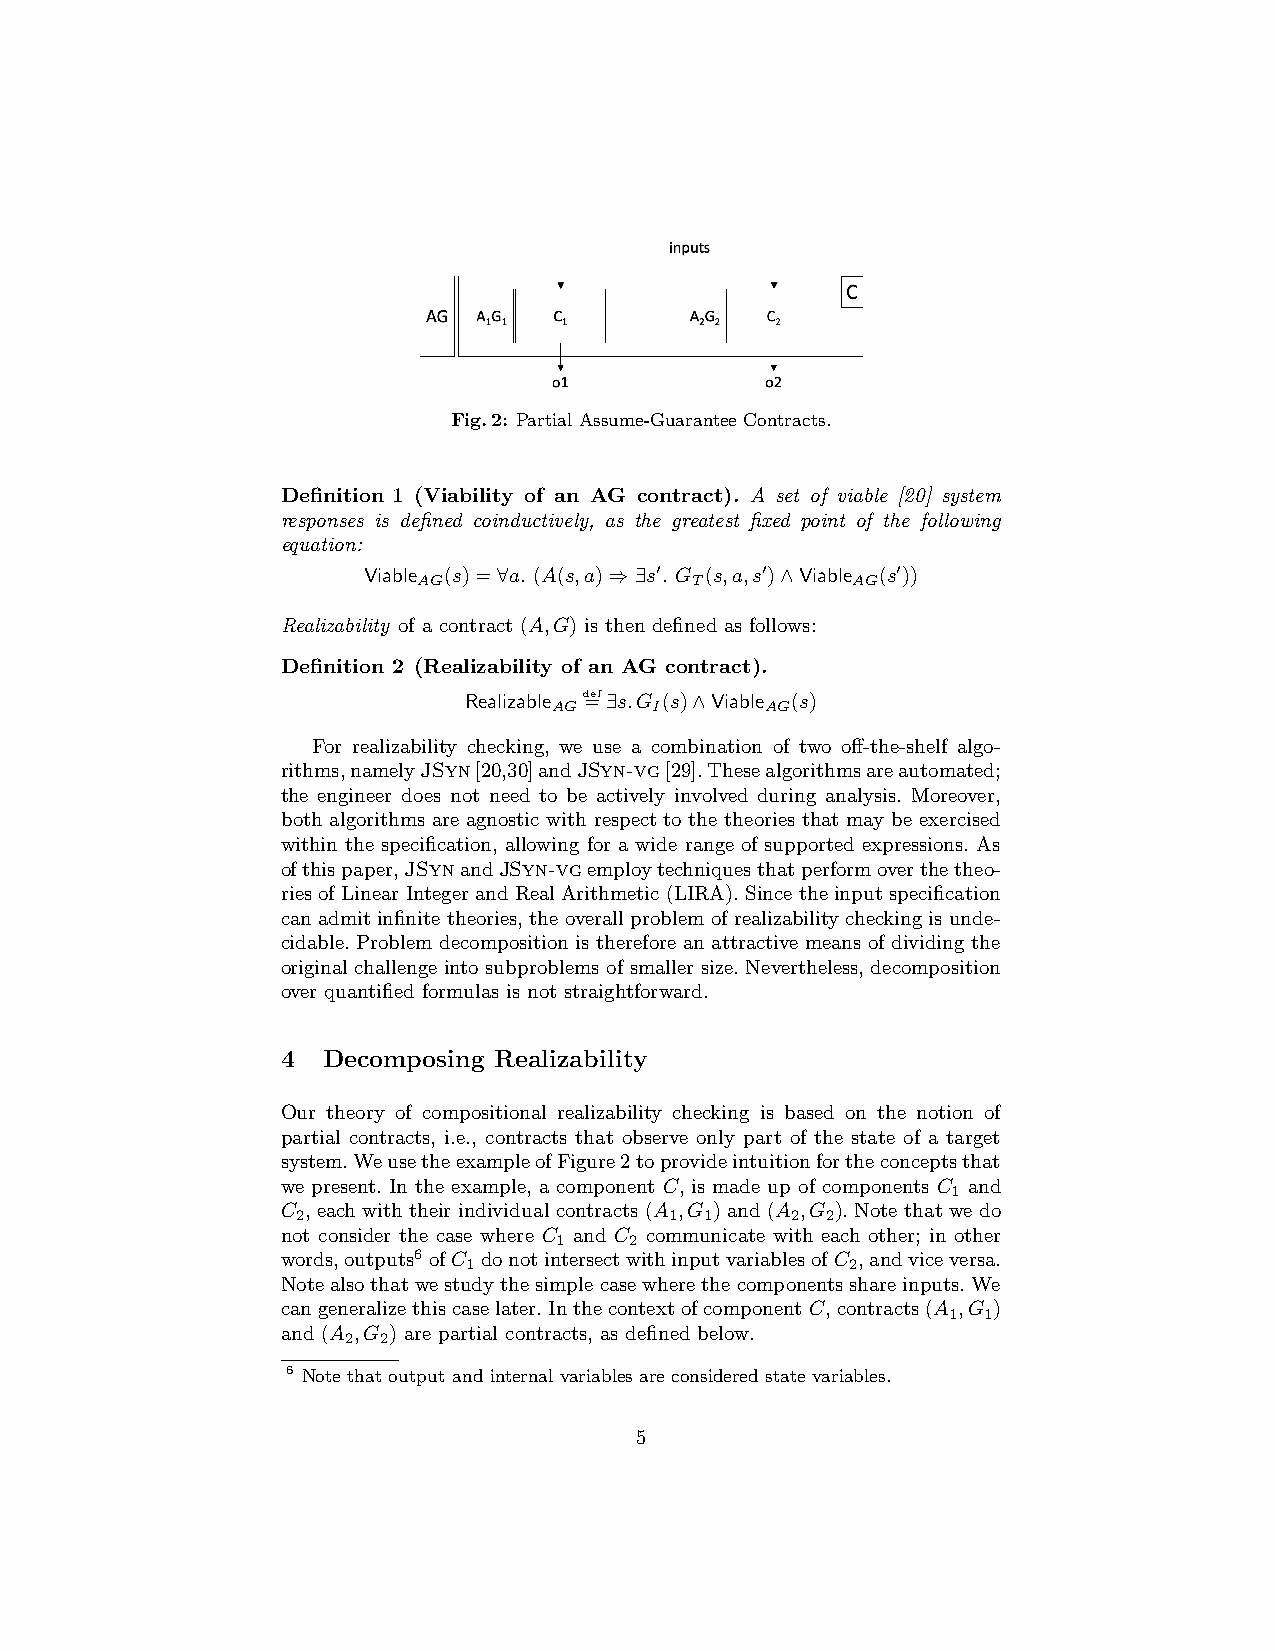
Fig.2: Partial Assume-Guarantee Contracts.
 Definition 1 (Viability of an AG contract). A set of viable [20] system
 responses is defined coinductively, as the greatest fixed point of the following
 equation:
 Viable (𝑠)=∀𝑎. (𝐴(𝑠,𝑎)⇒∃𝑠′. 𝐺 (𝑠,𝑎,𝑠′)∧Viable (𝑠′))
 𝐴𝐺                𝑇         𝐴𝐺
 Realizability of a contract (𝐴,𝐺) is then defined as follows:
 Definition 2 (Realizability of an AG contract).
 Realizable d=ef∃𝑠.𝐺 (𝑠)∧Viable (𝑠)
 𝐴𝐺    𝐼       𝐴𝐺
 For realizability checking, we use a combination of two off-the-shelf algo-
 rithms,namelyJSyn[20,30]andJSyn-vg[29].Thesealgorithmsareautomated;
 the engineer does not need to be actively involved during analysis. Moreover,
 both algorithms are agnostic with respect to the theories that may be exercised
 within the specification, allowing for a wide range of supported expressions. As
 ofthispaper,JSynandJSyn-vgemploytechniquesthatperformoverthetheo-
 ries of Linear Integer and Real Arithmetic (LIRA). Since the input specification
 can admit infinite theories, the overall problem of realizability checking is unde-
 cidable. Problem decomposition is therefore an attractive means of dividing the
 original challenge into subproblems of smaller size. Nevertheless, decomposition
 over quantified formulas is not straightforward.
 4 Decomposing Realizability
 Our theory of compositional realizability checking is based on the notion of
 partial contracts, i.e., contracts that observe only part of the state of a target
 system.WeusetheexampleofFigure2toprovideintuitionfortheconceptsthat
 we present. In the example, a component 𝐶, is made up of components 𝐶 and
 1
 𝐶 , each with their individual contracts (𝐴 ,𝐺 ) and (𝐴 ,𝐺 ). Note that we do
 2                       1  1    2  2
 not consider the case where 𝐶 and 𝐶 communicate with each other; in other
 1    2
 words,outputs6 of𝐶 donotintersectwithinputvariablesof𝐶 ,andviceversa.
 1                        2
 Notealsothatwestudythesimplecasewherethecomponentsshareinputs.We
 cangeneralizethiscaselater.Inthecontextofcomponent𝐶,contracts(𝐴 ,𝐺 )
 1 1
 and (𝐴 ,𝐺 ) are partial contracts, as defined below.
 2 2
 6 Note that output and internal variables are considered state variables.
 5